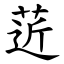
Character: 菦